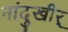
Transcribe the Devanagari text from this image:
नांदुखीर्